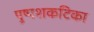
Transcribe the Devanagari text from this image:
पुष्पशकटिका